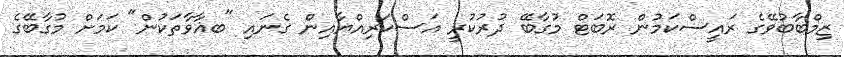
ޒިމްބާބުވޭގެ ރައީސްކަމުން ރޮބަޓް މުގާބޭ ދުރުކުރީ އަސްކަރިއްޔާއިން ގެނައި "ބޣާވާތަކުން" ކަމަށް މުގާބޭގެ